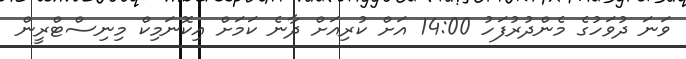
ވަނަ ދުވަހުގެ މެންދުރުފަހު 14:00 އަށް ކުރިއަށް ދާނެ ކަމަށް އިކޮނަމިކް މިނިސްޓްރީން